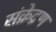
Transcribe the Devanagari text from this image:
संक्रेद्रण